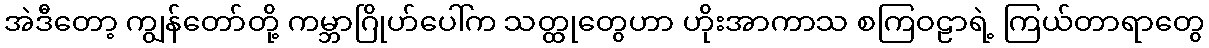
အဲဒီတော့ ကျွန်တော်တို့ ကမ္ဘာဂြိုဟ်ပေါ်က သတ္ထုတွေဟာ ဟိုးအာကာသ စကြဝဠာရဲ့ ကြယ်တာရာတွေ